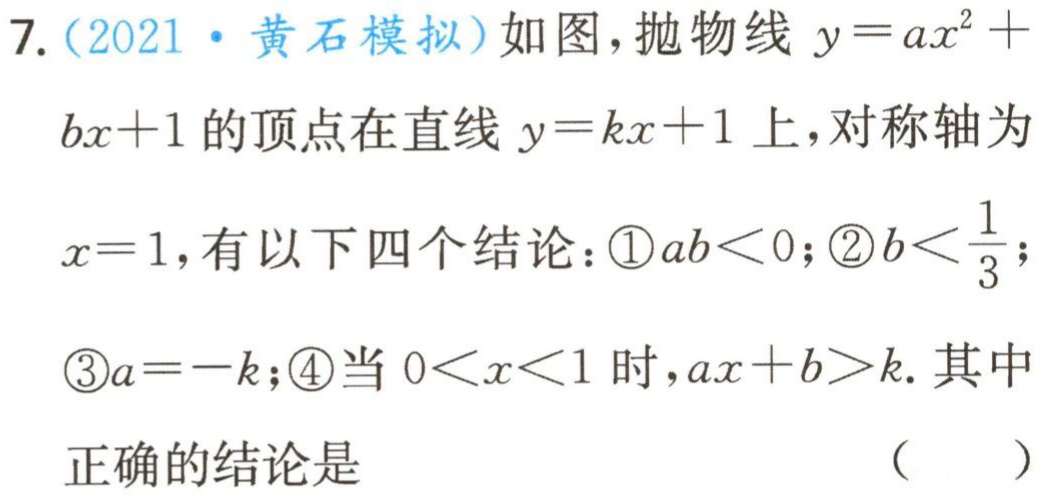
7.（2021·黄石模拟）如图，抛物线$y = ax^{2}+bx + 1$的顶点在直线$y = kx + 1$上，对称轴为
$x = 1$，有以下四个结论：\textcircled{1}$ab<0$；\textcircled{2}$b<\frac{1}{3}$；
\textcircled{3}$a=-k$；\textcircled{4}当$0<x<1$时，$ax + b>k$. 其中
正确的结论是
（  ）